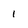
Character: 1